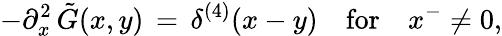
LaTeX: -\partial_{x}^{2}\, \tilde{G}(x,y)\, =\, \delta^{(4)}(x-y)\quad\mathrm{for}\quad x^{-}\ne 0,